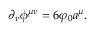
\partial _ { \nu } \phi ^ { \mu \nu } = 6 \varphi _ { 0 } a ^ { \mu } .